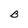
Character: B